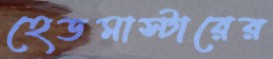
হেডমাস্টারের